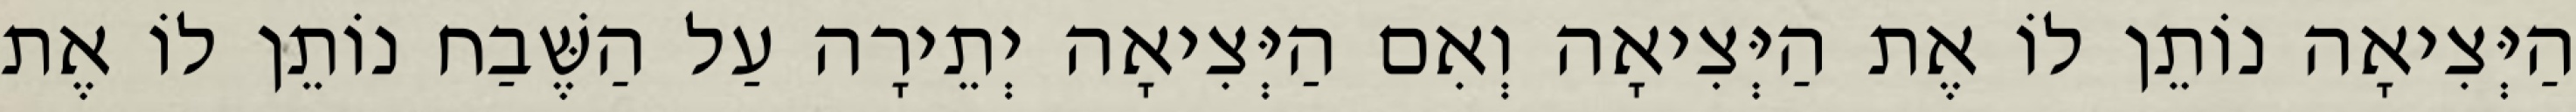
הַיְּצִיאָה נוֹתֵן לוֹ אֶת הַיְּצִיאָה וְאִם הַיְּצִיאָה יְתֵירָה עַל הַשֶּׁבַח נוֹתֵן לוֹ אֶת